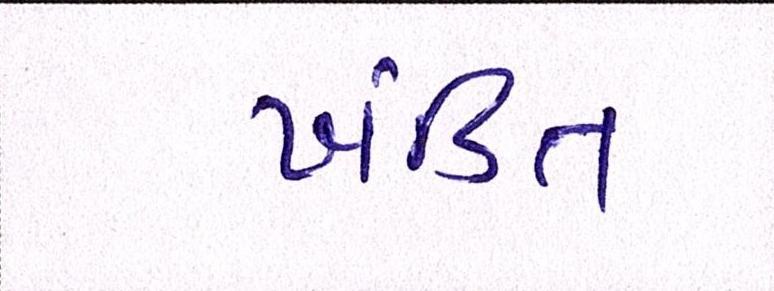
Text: ખંડિત